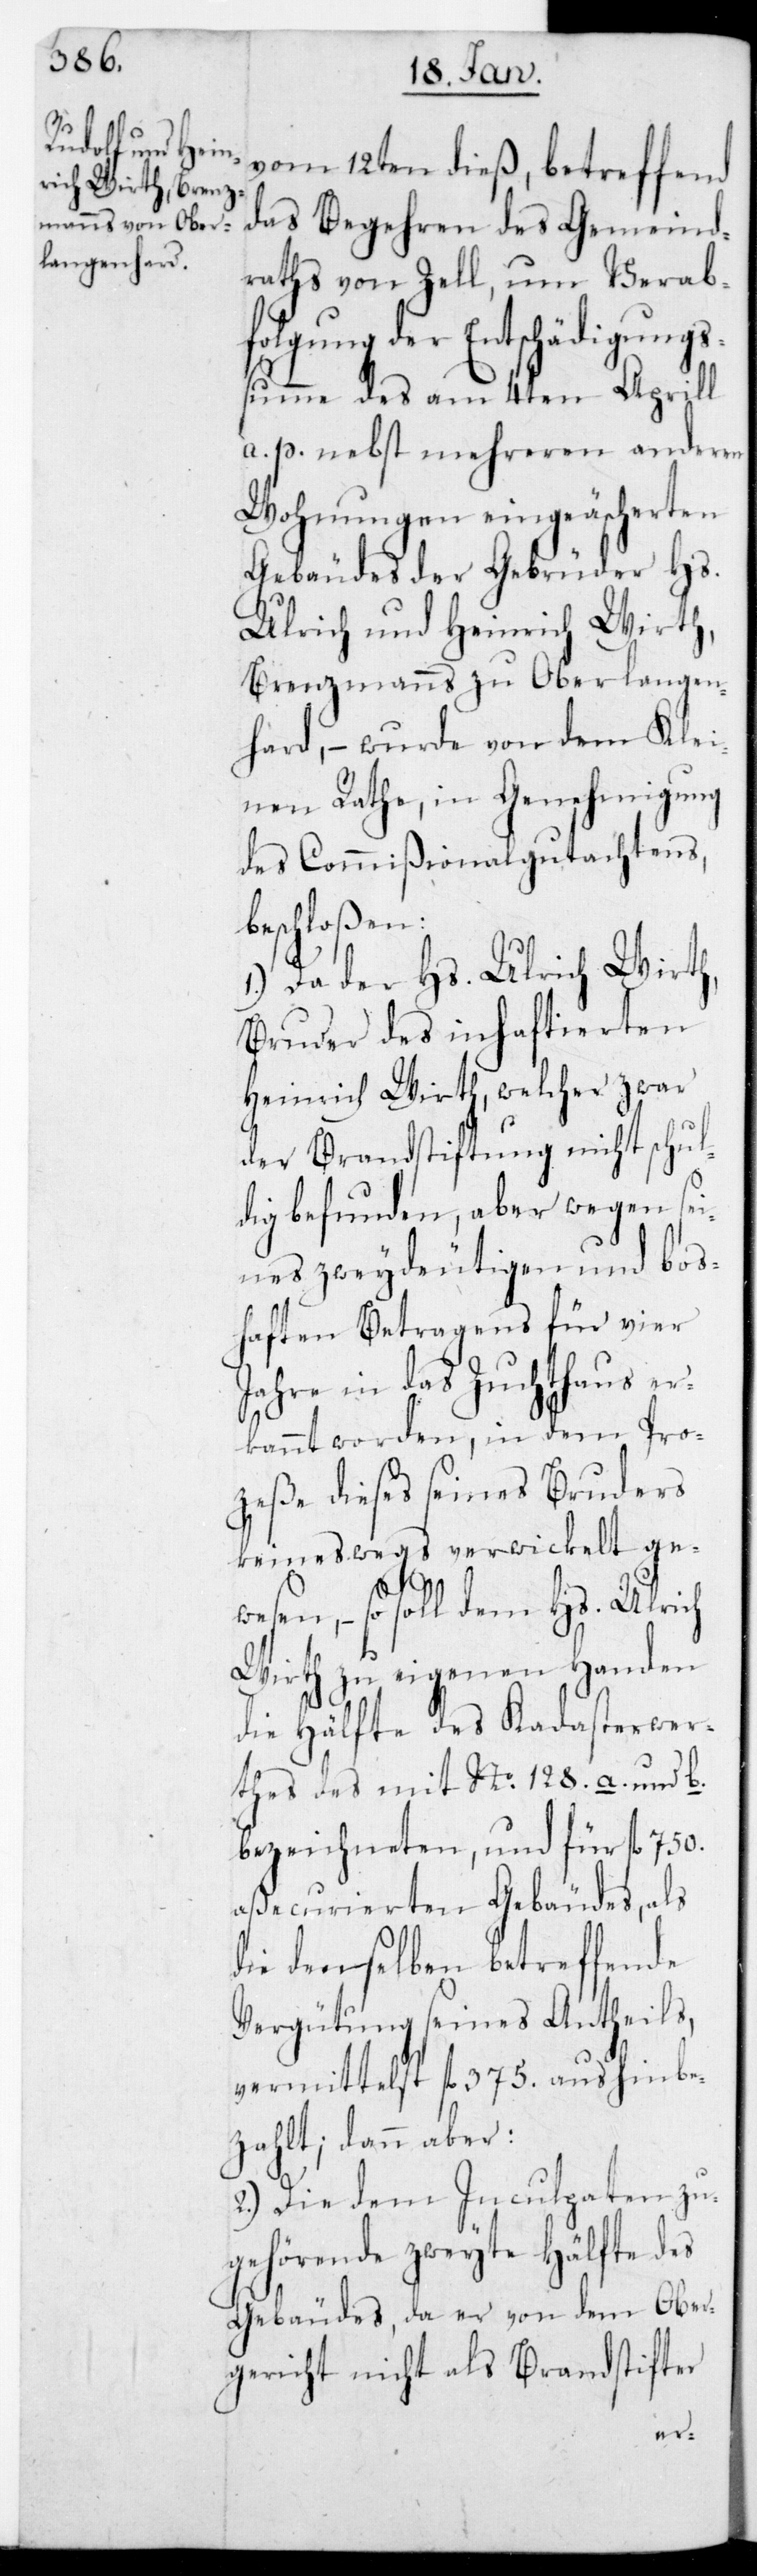
vom 12ten dies, betreffend
das Begehren des Gemeind¬
raths von Zell, um Verab¬
folgung der Entschädigungs¬
summe des am 4ten Aprill
a.p. nebst mehreren anderen
Wohnungen eingeäschereten
Gebäudes der Gebrüder Hs.
Ulrich und Heinrich Wirth,
Brenzmanns zu Oberlangen¬
hard, – wurde von dem Klei¬
nen Rathe, in Genehmigung
des Commißional-Gutachtens
beschloßen:
1.) Da der Hs. Ulrich Wirth,
Bruder des inhaftierten
Heinrich Wirth, welcher zwar
der Brandstiftung nicht schul¬
dig befunden, aber wegen sei¬
nes zweydeutigen und bos¬
haften Betragens für vier
Jahre in das Zuchthaus er¬
kannt worden, in dem Pro¬
zeße dieses seines Bruders
keineswegs verwickelt gewe¬
sen, – so soll dem Hs. Ulrich
Wirth zu eigenen Handen
die Hälfte des Kadasterwer¬
tes des mit No 128. a. und b.
bezeichneten, und für fl. 750.
aßecurierten Gebäudes, als
die demselben betreffende
Vergütung seines Antheils,
vermittelst fl. 375. aushinbe¬
zahlt; dann aber
2.) Die dem Inculpaten zu¬
gehörende zweyte Hälfte des
Gebäudes, da er von dem Ober¬
gericht nicht als Brandstifter